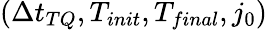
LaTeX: \left(\Delta t_{TQ},T_{init},T_{final},j_{0}\right)